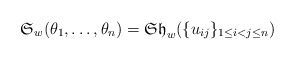
\begin{gather*}\mathfrak{S}_w(\theta_1,\ldots,\theta_n) = \mathfrak{Sh}_w(\{u_{ij}\}_{1 \le i < j \le n})\end{gather*}